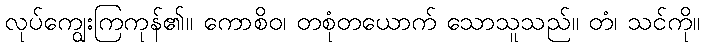
လုပ်ကျွေးကြကုန်၏။ ကောစိဝ၊ တစုံတယောက် သောသူသည်။ တံ၊ သင်ကို။